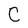
Character: c